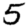
Digit: 5